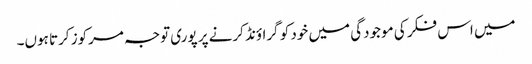
میں اس فکر کی موجودگی میں خود کو گراؤنڈ کرنے پر پوری توجہ مرکوز کرتا ہوں۔